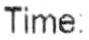
TIME: